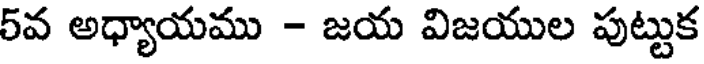
5వ అధ్యాయము - జయ విజయుల పుట్టుక